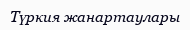
Түркия жанартаулары